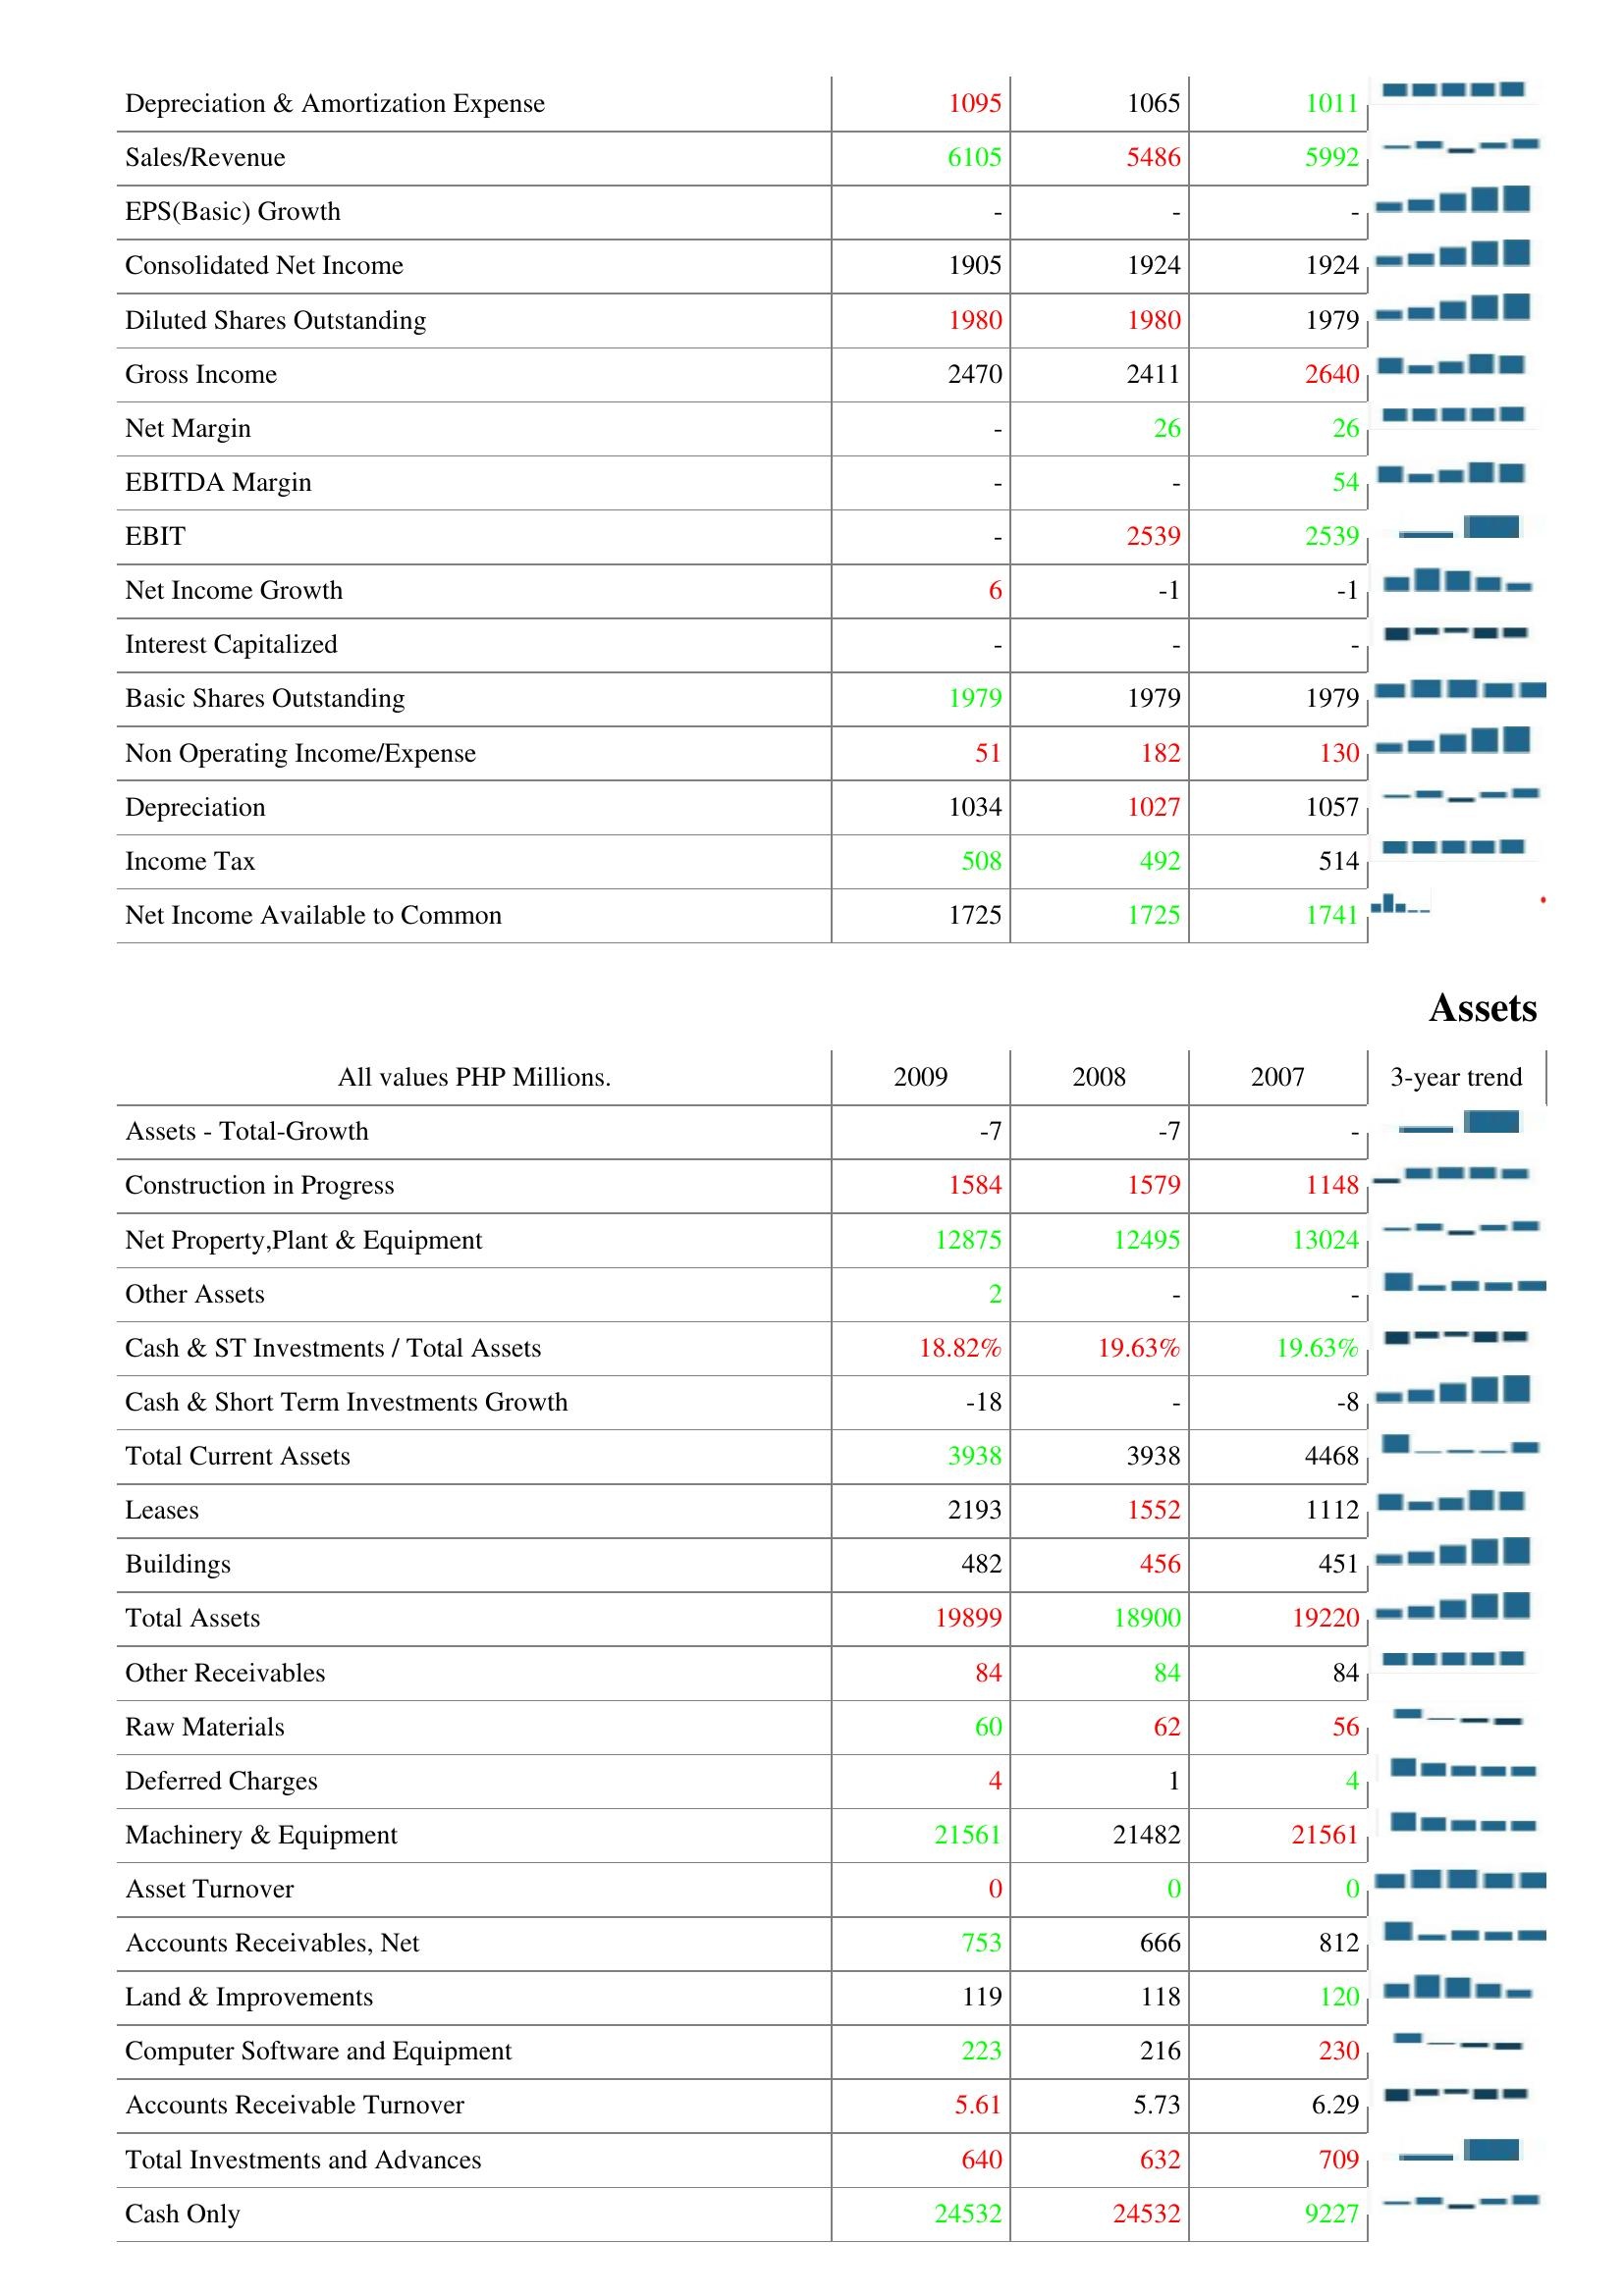
2009: : Depreciation & Amortization Expense: 1095
Sales/Revenue: 6105
EPS(Basic) Growth: -
Consolidated Net Income: 1905
Diluted Shares Outstanding: 1980
Gross Income: 2470
Net Margin: -
EBITDA Margin: -
EBIT: -
Net Income Growth: 6
Interest Capitalized: -
Basic Shares Outstanding: 1979
Non Operating Income/Expense: 51
Depreciation: 1034
Income Tax: 508
Net Income Available to Common: 1725
Assets: Assets - Total-Growth: -7
Construction in Progress: 1584
Net Property,Plant & Equipment: 12875
Other Assets: 2
Cash & ST Investments / Total Assets: 18.82%
Cash & Short Term Investments Growth: -18
Total Current Assets: 3938
Leases: 2193
Buildings: 482
Total Assets: 19899
Other Receivables: 84
Raw Materials: 60
Deferred Charges: 4
Machinery & Equipment: 21561
Asset Turnover: 0
Accounts Receivables, Net: 753
Land & Improvements: 119
Computer Software and Equipment: 223
Accounts Receivable Turnover: 5.61
Total Investments and Advances: 640
Cash Only: 24532
2008: : Depreciation & Amortization Expense: 1065
Sales/Revenue: 5486
EPS(Basic) Growth: -
Consolidated Net Income: 1924
Diluted Shares Outstanding: 1980
Gross Income: 2411
Net Margin: 26
EBITDA Margin: -
EBIT: 2539
Net Income Growth: -1
Interest Capitalized: -
Basic Shares Outstanding: 1979
Non Operating Income/Expense: 182
Depreciation: 1027
Income Tax: 492
Net Income Available to Common: 1725
Assets: Assets - Total-Growth: -7
Construction in Progress: 1579
Net Property,Plant & Equipment: 12495
Other Assets: -
Cash & ST Investments / Total Assets: 19.63%
Cash & Short Term Investments Growth: -
Total Current Assets: 3938
Leases: 1552
Buildings: 456
Total Assets: 18900
Other Receivables: 84
Raw Materials: 62
Deferred Charges: 1
Machinery & Equipment: 21482
Asset Turnover: 0
Accounts Receivables, Net: 666
Land & Improvements: 118
Computer Software and Equipment: 216
Accounts Receivable Turnover: 5.73
Total Investments and Advances: 632
Cash Only: 24532
2007: : Depreciation & Amortization Expense: 1011
Sales/Revenue: 5992
EPS(Basic) Growth: -
Consolidated Net Income: 1924
Diluted Shares Outstanding: 1979
Gross Income: 2640
Net Margin: 26
EBITDA Margin: 54
EBIT: 2539
Net Income Growth: -1
Interest Capitalized: -
Basic Shares Outstanding: 1979
Non Operating Income/Expense: 130
Depreciation: 1057
Income Tax: 514
Net Income Available to Common: 1741
Assets: Assets - Total-Growth: -
Construction in Progress: 1148
Net Property,Plant & Equipment: 13024
Other Assets: -
Cash & ST Investments / Total Assets: 19.63%
Cash & Short Term Investments Growth: -8
Total Current Assets: 4468
Leases: 1112
Buildings: 451
Total Assets: 19220
Other Receivables: 84
Raw Materials: 56
Deferred Charges: 4
Machinery & Equipment: 21561
Asset Turnover: 0
Accounts Receivables, Net: 812
Land & Improvements: 120
Computer Software and Equipment: 230
Accounts Receivable Turnover: 6.29
Total Investments and Advances: 709
Cash Only: 9227